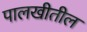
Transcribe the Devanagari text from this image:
पालखीतील